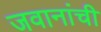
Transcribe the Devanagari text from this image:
जवानांची